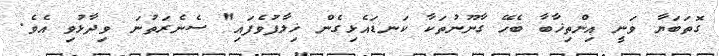
ގޮތަބަޔާ ވަނީ އިންތިޚާބާ ބެހޭ ގާނޫނުތަކާ ކަނޑައެޅިގެން ޚިލާފުވެފައި" ސެނެރަތުނަ ވިދާޅުވި އެވެ.